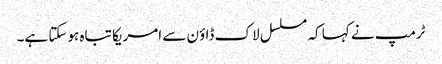
ٹرمپ نے کہا کہ مسلسل لاک ڈاؤن سے امریکا تباہ ہوسکتا ہے۔